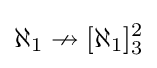
\displaystyle \aleph _{1}\nrightarrow [\aleph _{1}]_{3}^{2}